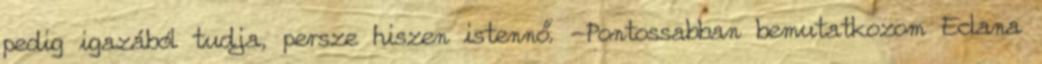
pedig igazából tudja, persze hiszen istennő. -Pontossabban bemutatkozom Eclana